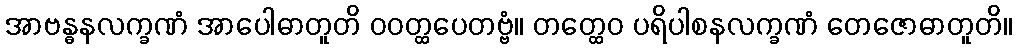
အာဗန္ဓနလက္ခဏံ အာပေါဓာတူတိ ဝဝတ္ထပေတဗ္ဗံ။ တတ္ထေဝ ပရိပါစနလက္ခဏံ တေဇောဓာတူတိ။